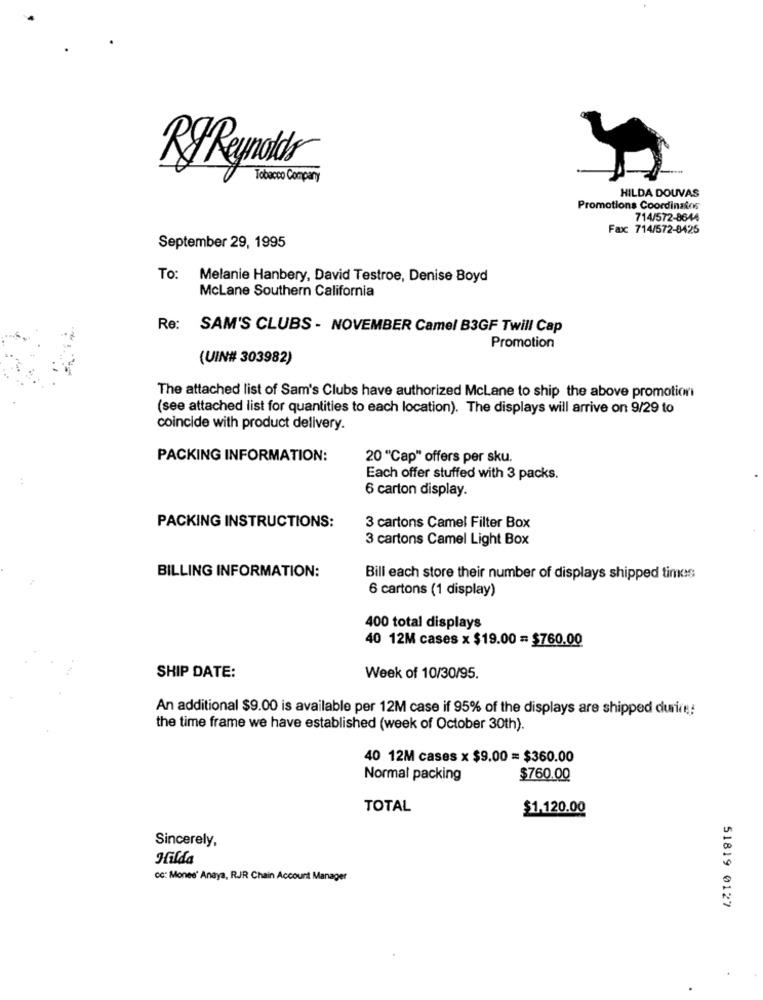
RyReynolds
Tobacco Company
HILDA DOUVAS
Promotions Coordinalos
714/572-8644
Fax: 714/572-8425
September 29, 1995
To: Melanie Hanbery, David Testroe, Denise Boyd
McLane Southern California
Re:
SAM'S CLUBS - NOVEMBER Camel B3GF Twill Cap
Promotion
(UIN# 303982)
The attached list of Sam's Clubs have authorized McLane to ship the above promotion
(see attached list for quantities to each location). The displays will arrive on 9/29 to
coincide with product delivery.
PACKING INFORMATION:
20 "Cap" offers per sku.
Each offer stuffed with 3 packs.
6 carton display.
PACKING INSTRUCTIONS:
3 cartons Camel Filter Box
3 cartons Camel Light Box
BILLING INFORMATION:
Bill each store their number of displays shipped times
6 cartons (1 display)
400 total displays
40 12M cases x $19.00 = $760.00
SHIP DATE:
Week of 10/30/95.
An additional $9.00 is available per 12M case if 95% of the displays are shipped durire:
the time frame we have established (week of October 30th).
40 12M cases x $9.00 = $360.00
Normal packing
$760.00
TOTAL
$1.120.00
Sincerely,
Hilda
Cc: Mones' Anaya, RJR Chain Account Manager
51819 0127